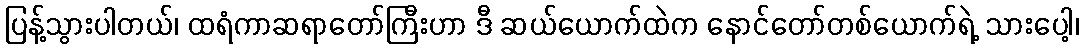
ပြန့်သွားပါတယ်၊ ထရံကာဆရာတော်ကြီးဟာ ဒီ ဆယ်ယောက်ထဲက နောင်တော်တစ်ယောက်ရဲ့ သားပေါ့၊